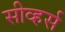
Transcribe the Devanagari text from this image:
सीव्हर्स